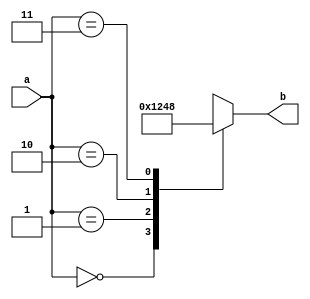


module decoder2to4(
  input [1:0] a,
  output reg [3:0] b
);
  
  always @ (a) begin
    casez(a)
      2'b00: b = 4'b0001;
      2'b01: b = 4'b0010;
      2'b10: b = 4'b0100;
      2'b11: b = 4'b1000;
      default: b = 4'b0000;
    endcase
  end
  
endmodule


module decoder3to8(
  input [2:0] a,
  output reg [7:0] b
);

  always @ (a) begin
    casez(a)
      3'b000: b = 8'b0000_0001;
      3'b001: b = 8'b0000_0010;
      3'b010: b = 8'b0000_0100;
      3'b011: b = 8'b0000_1000;
      3'b100: b = 8'b0001_0000;
      3'b101: b = 8'b0010_0000;
      3'b110: b = 8'b0100_0000;
      3'b111: b = 8'b1000_0000;
      default: b = 8'b0;
    endcase
  end

endmodule